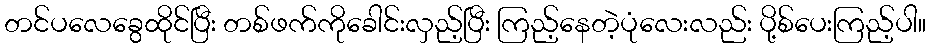
တင်ပလေခွေထိုင်ပြီး တစ်ဖက်ကိုခေါင်းလှည့်ပြီး ကြည့်နေတဲ့ပုံလေးလည်း ပို့စ်ပေးကြည့်ပါ။